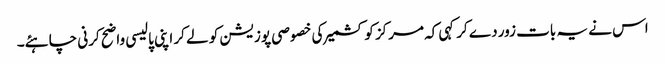
اس نے یہ بات زور دے کرکہی کہ مرکز کو کشمیر کی خصوصی پوزیشن کو لے کر اپنی پالیسی واضح کرنی چاہئے۔